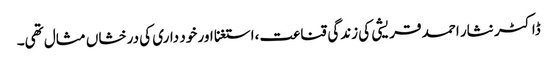
ڈاکٹر نثار احمد قریشی کی زندگی قناعت،استغنا اور خود داری کی درخشاں مثال تھی۔